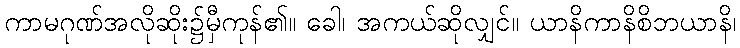
ကာမဂုဏ်အလိုဆိုး၌မှီကုန်၏။ ခေါ၊ အကယ်ဆိုလျှင်။ ယာနိကာနိစိဘယာနိ၊